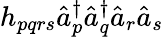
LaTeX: h_{pqrs}\hat{a}_{p}^{\dagger}\hat{a}_{q}^{\dagger}\hat{a}_{r}\hat{a}_{s}